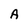
Character: A